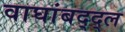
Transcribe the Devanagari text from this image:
वाघांबद्द्ल